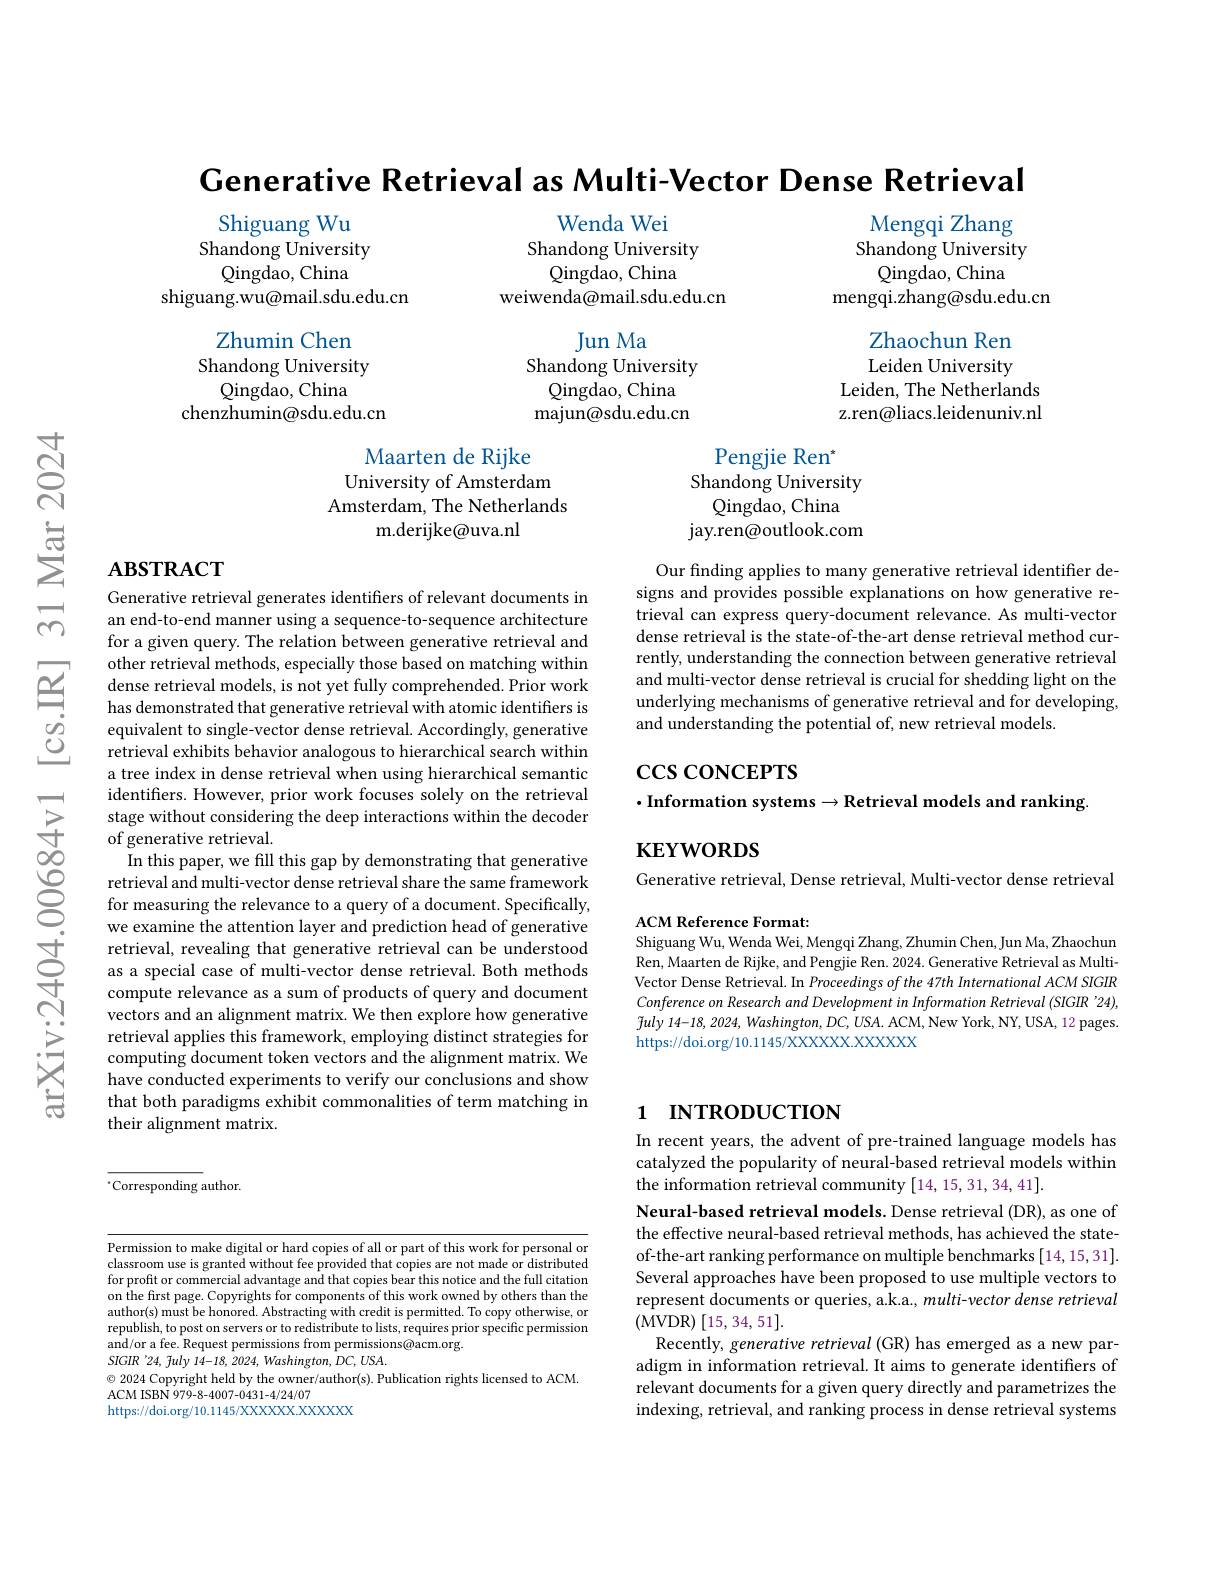
Generative Retrieval as Multi-Vector Dense Retrieval

Wenda Wei
Shandong University
${\mathrm{Qingdao,~China}}$
weiwenda@mail.sdu.edu.cn

Shiguang Wu
Shandong University
${\mathrm{Qingdao,China}}$
shiguang.wu@mail.sdu.edu.cn
Zhumin Chen
Jun Ma
Shandong University
Shandong University
Qingdao, China
Qingdao, China
chenzhumin@sdu.edu.cn
$\tilde{\text{majun@sdu.edu.cn}}$

Mengqi Zhang Shandong University
${\mathrm{Qingdao,~China}}$
mengqi.zhang@sdu.edu.cn
Zhaochun Ren Leiden University
Leiden, The Netherlands z.ren@liacs.leidenuniv.nl

Maarten de Rijke
University of Amsterdam Amsterdam, The Netherlands
${\mathrm{m.derijke@uva.nl}}$

Pengjie Ren"
Shandong University
Qingdao, China
jay.ren@outlook.com

# $\mathbf{ABSTRACT}$

Our finding applies to many generative retrieval identifier designs and provides possible explanations on how generative retrieval can express query-document relevance. As multi-vector dense retrieval is the state-of-the-art dense retrieval method currently, understanding the connection between generative retrieval and multi-vector dense retrieval is crucial for shedding light on the underlying mechanisms of generative retrieval and for developing, and understanding the potential of, new retrieval models.

$\csc\cos$coNCEPTS
$\cdot$Information systems$\to$Retrieval models and ranking.

$\mathbf{KEYWORDS}$

Generative retrieval generates identifiers of relevant documents in an end-to-end manner using a sequence-to-sequence architecture for a given query. The relation between generative retrieval and other retrieval methods, especially those based on matching within dense retrieval models, is not yet fully comprehended. Prior work has demonstrated that generative retrieval with atomic identifiers is equivalent to single-vector dense retrieval. Accordingly, generative retrieval exhibits behavior analogous to hierarchical search within a tree index in dense retrieval when using hierarchical semantic identifiers. However, prior work focuses solely on the retrieval stage without considering the deep interactions within the decoder of generative retrieval.
In this paper, we fill this gap by demonstrating that generative retrieval and multi-vector dense retrieval share the same framework for measuring the relevance to a query of a document. Specifically, we examine the attention layer and prediction head of generative retrieval, revealing that generative retrieval can be understood as a special case of multi-vector dense retrieval. Both methods compute relevance as a sum of products of query and document vectors and an alignment matrix. We then explore how generative retrieval applies this framework, employing distinct strategies for computing document token vectors and the alignment matrix. We have conducted experiments to verify our conclusions and show that both paradigms exhibit commonalities of term matching in their alignment matrix.

Generative retrieval, Dense retrieval, Multi-vector dense retrieval
ACM Reference Format:

Shiguang Wu, Wenda Wei, Mengqi Zhang, Zhumin Chen, Jun Ma, Zhaochun

Ren, Maarten de Rijke, and Pengjie Ren. 2024. Generative Retrieval as MultiVector Dense Retrieval. In Proceedings of the 47th International ACM SIGIR Conference on Research and Development in Information Retrieval (SIGIR '24), $\tilde{f} uly$ 14-18,2024, $Washington$, $DC$, $USA.$ ACM, New York, NY, USA, 12 pages. https://doi.org/10.1145/XXXXXX.XXXXX

# 1 INTRODUCTION

In recent years, the advent of pre-trained language models has catalyzed the popularity of neural-based retrieval models within the information retrieval community [14,15,31,34,41].

$^{*}$Corresponding author.

Neural-based retrieval models. Dense retrieval (DR), as one of the effective neural-based retrieval methods, has achieved the stateof-the-art ranking performance on multiple benchmarks [14, 15, 31]. Several approaches have been proposed to use multiple vectors to represent documents or queries, a.k.a., multi-vector dense retrieval (MVDR)[15,34,51].
Recently, generative retrieval (GR) has emerged as a new paradigm in information retrieval. It aims to generate identiffers of relevant documents for a given query directly and parametrizes the indexing, retrieval, and ranking process in dense retrieval systems

Permission to make digital or hard copies of all or part of this work for personal or classroom use is granted without fee provided that copies are not made or distributed for profit or commercial advantage and that copies bear this notice and the full citation on the first page. Copyrights for components of this work owned by others than the author(s) must be honored. Abstracting with credit is permitted. To copy otherwise, or republish, to post on servers or to redistribute to lists, requires prior specific permission and/or a fee. Request permissions from permissions@acm.org.
$SIGIR$ '24, fuly 14-18, 2024, Washington, DC, USA.
$\odot$ 2024 Copyright held by the owner/author(s). Publication rights licensed to ACM.
ACM ISBN 979-8-4007-0431-4/24/07
https://doi.org/10.1145/XXXXXX.XXXXX